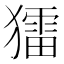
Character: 𤢗